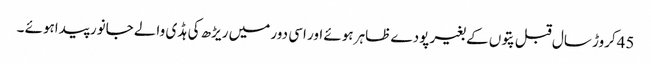
45کروڑ سال قبل پتوں کے بغیر پودے ظاہر ہوئے اور اسی دور میں ریڑھ کی ہڈ ی والے جانور پیداہوئے ۔